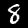
Digit: 8